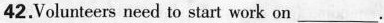
42.Volunteers need to start work on ___.